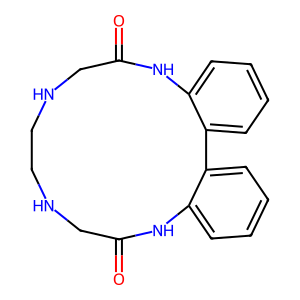
SMILES: O=C1CNCCNCC(=O)Nc2ccccc2-c2ccccc2N1
Inhibits HIV replication: No